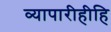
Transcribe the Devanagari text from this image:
व्यापारीहीहि